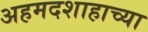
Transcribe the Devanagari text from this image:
अहमदशाहाच्या